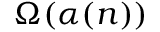
\Omega ( \alpha ( n ) )